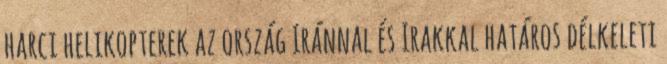
harci helikopterek az ország Iránnal és Irakkal határos délkeleti